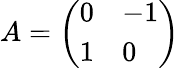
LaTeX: A={\left(\begin{array}{ll}{0}&{-1}\\ {1}&{0}\end{array}\right)}